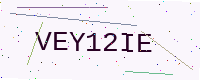
Text: VEY12IE